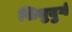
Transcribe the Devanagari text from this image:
सिधुदुर्ग